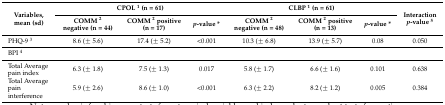
| <ROWSPAN=2> Variables, mean (sd) | <COLSPAN=3> CPOL 1 (n = 61) | <COLSPAN=3> CLBP 1 (n = 61) | <ROWSPAN=2> Interaction p-value 5 |
 | COMM 2 negative (n = 44) | COMM 2 positive (n = 17) | p-value * | COMM 2 negative (n = 48) | COMM 2 positive (n = 13) | p-value * |
 | --- | --- | --- | --- | --- | --- | --- | --- |
 | PHQ-9 3 | 8.6 (± 5.6) | 17.4 (± 5.2) | <0.001 | 10.3 (± 6.8) | 13.9 (± 5.7) | 0.08 | 0.050 |
 | BPI 4 |  |  |  |  |  |  |  |
 | Total Average pain index | 6.3 (± 1.8) | 7.5 (± 1.3) | 0.017 | 5.8 (± 1.7) | 6.6 (± 1.6) | 0.101 | 0.638 |
 | Total Average pain interference | 5.9 (± 2.6) | 8.6 (± 1.0) | <0.001 | 6.3 (± 2.2) | 8.2 (± 1.2) | 0.005 | 0.384 |